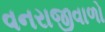
વનરાજીવાળો